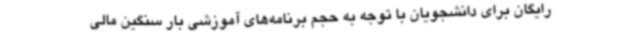
رایگان برای دانشجویان با توجه به حجم برنامه‌های آموزشی بار سنگین مالی